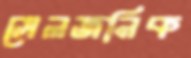
সেলজনিক